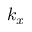
k _ { x }